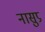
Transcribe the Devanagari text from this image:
नासुप्र